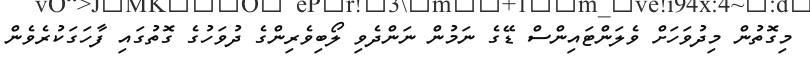
މިގޮތުން މިދުވަހަށް ވެލަންޓައިންސް ޑޭގެ ނަމުން ނަންދެވި ލޯބިވެރިންގެ ދުވަހުގެ ގޮތުގައި ފާހަގަކުރެވެން